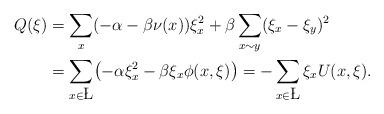
LaTeX: \begin{align*}Q(\xi)&=\sum_{x}(-\alpha-\beta\nu(x))\xi^2_x +\beta\sum\limits_{x\sim y}(\xi_x-\xi_y)^2\\&=\sum\limits_{x\in \L}\bigl(-\alpha\xi_x^2-\beta\xi_x\phi(x,\xi)\bigr)=-\sum\limits_{x\in \L}\xi_xU(x, \xi).\end{align*}